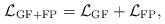
LaTeX: \begin{align*}{\cal L}_{\rm GF+FP}={\cal L}_{\rm GF}+{\cal L}_{\rm FP},\end{align*}